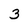
Character: 3